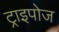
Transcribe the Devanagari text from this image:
ट्राइपोज